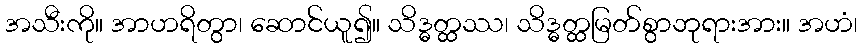
အသီးကို။ အာဟရိတွာ၊ ဆောင်ယူ၍။ သိဒ္ဓတ္ထဿ၊ သိဒ္ဓတ္ထမြတ်စွာဘုရားအား။ အဟံ၊